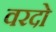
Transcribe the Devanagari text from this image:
वरदो